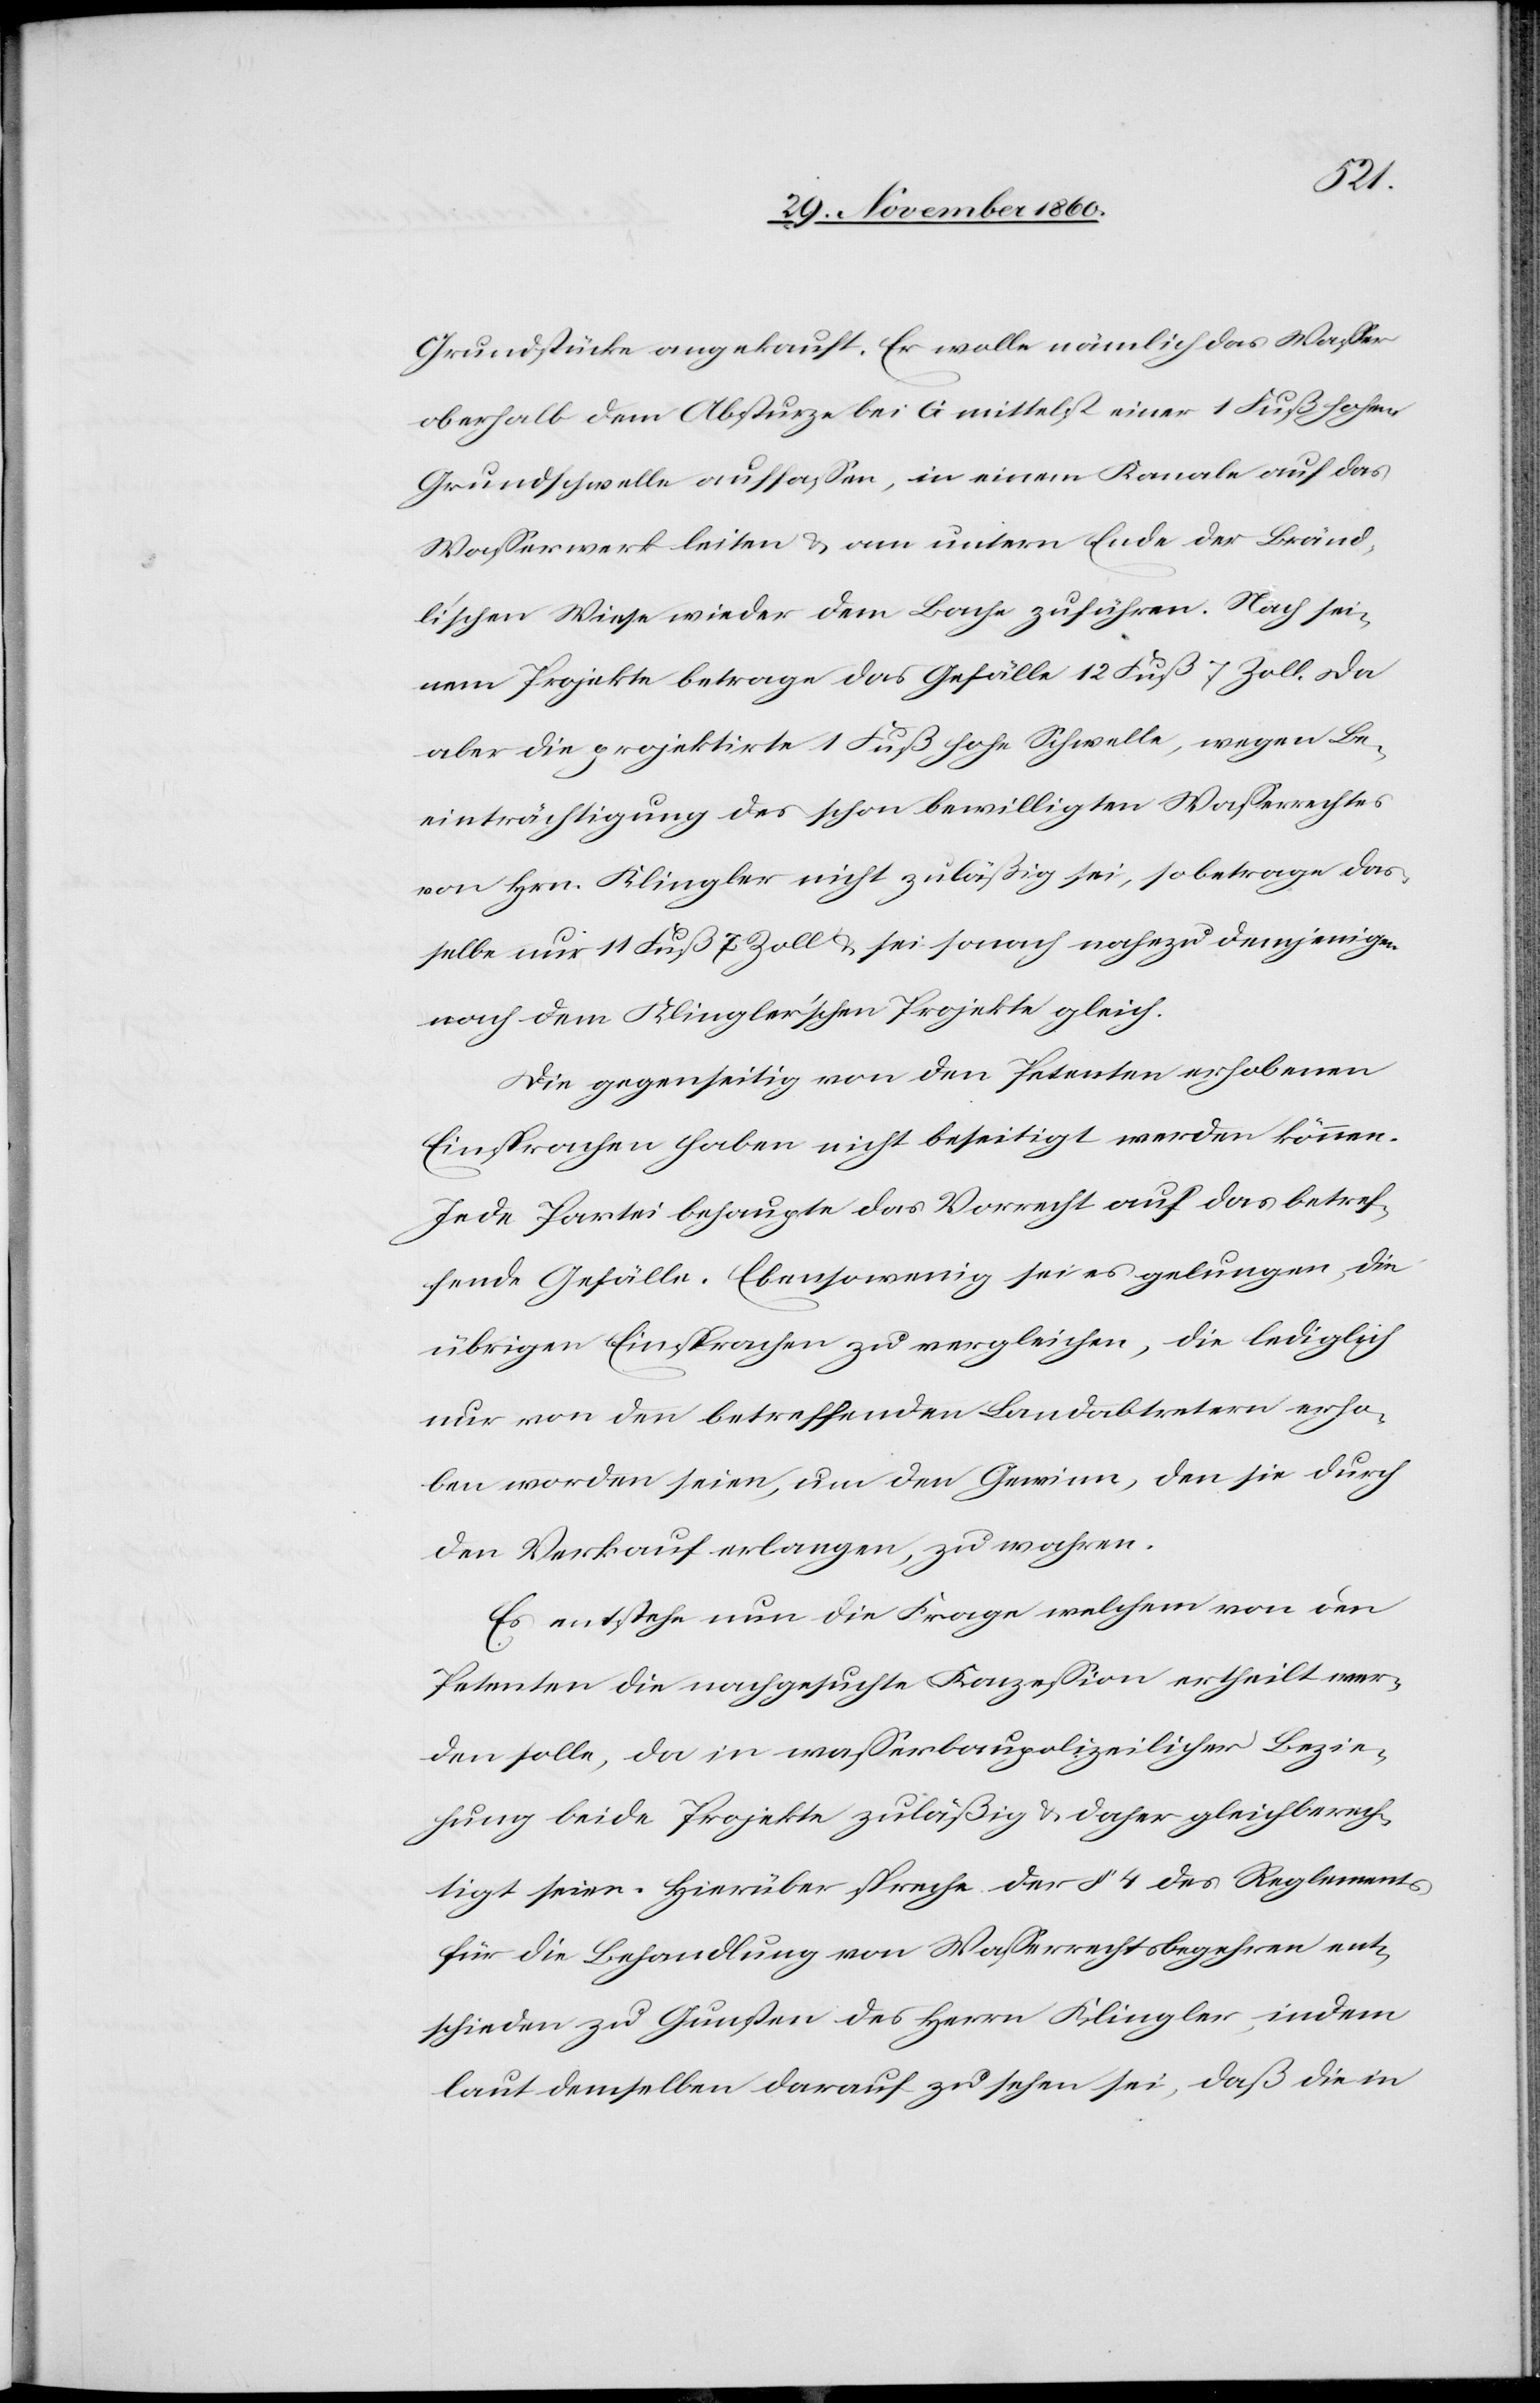
Grundstücke angekauft. Er wolle nämlich das Wasser
oberhalb dem Absturze bei G mittelst einer 1 Fuß hohen
Grundschwelle auffassen, in einem Kanale auf das
Wasserwerk leiten u. am unterm Ende der Bränd¬
li’schen Wiese wieder dem Bache zuführen. Nach sei¬
nem Projekte betrage das Gefälle 12 Fuß 7 Zoll. Da
aber die projektirte 1 Fuß hohe Schwelle, wegen Be¬
einträchtigung des schon bewilligten Wasserrechtes
von Hrn. Klingler nicht zuläßig sei, so betrage das¬
selbe nur 11 Fuß 7 zoll u. sei sonach nahezu demjenigen
nach dem Klingler’schen Projekte gleich.
Die gegenseitige von den Petenten erhobenen
Einsprachen haben nicht beseitigt werden können.
Jede Partei behaupte das Vorrecht auf das betref¬
fende Gefälle. Ebensowenig sei es gelungen, die
übrigen Einsprachen zu vergleichen, die lediglich
nur von den betreffenden Landabtretern erho¬
ben worden seien, um den Gewinn, den sie durch
den Verkauf erlangen, zu wahren.
Es entstehe nun die Frage welchem von den
Petenten die nachgesuchte Konzession ertheilt wer¬
den solle, da in wasserbaupolizeilicher Bezie¬
hung beide Projekte zuläßig u. daher gleichberech¬
tigt seien. Hierüber spreche der § 4 des Reglements
für die Behandlung von Wasserrechtsbegehren ent¬
schieden zu Gunsten des Herrn Klingler, indem
laut demselben darauf zu sehen sei, daß die in